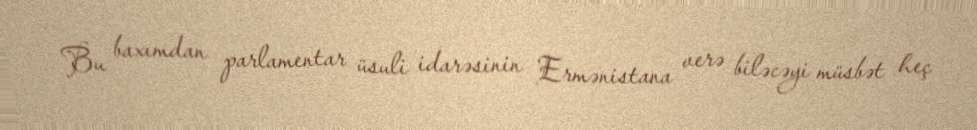
Bu baxımdan parlamentar üsuli idarəsinin Ermənistana verə biləcəyi müsbət heç